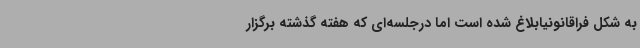
به شکل فراقانونیابلاغ شده است اما درجلسه‌ای که هفته‌ گذشته برگزار